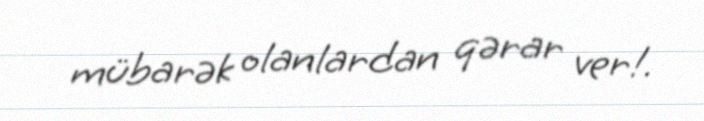
mübarək olanlardan qərar ver!.